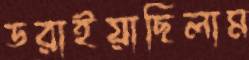
ডরাইয়াছিলাম